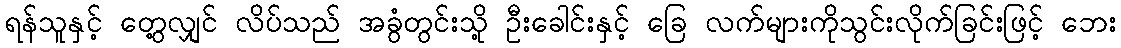
ရန်သူနှင့် တွေ့လျှင် လိပ်သည် အခွံတွင်းသို့ ဦးခေါင်းနှင့် ခြေ လက်များကိုသွင်းလိုက်ခြင်းဖြင့် ဘေး